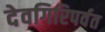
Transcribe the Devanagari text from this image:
देवगिरिपर्वत